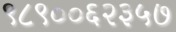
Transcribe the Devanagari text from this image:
९८९००६२३५७